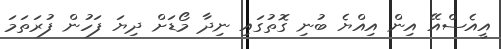
އީއެސްއޭ އިން އިއްޔެ ބުނި ގޮތުގައި ނިދާ މޯޑަށް ދިޔަ ފަހުން ފުރަތަމަ